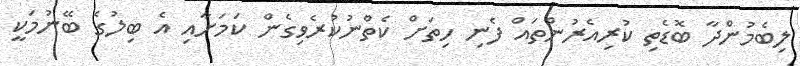
ލިބެމުންދާ ބޮޑެތި ކުރިއެރުންތައް ފެނި ހިތަށް ކެތްނުކުރެވިގެން ކަމަށާއި އެ ބިލުގެ ބޭނުމަކީ